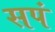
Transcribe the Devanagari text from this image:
सपं